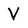
Character: V